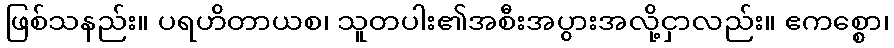
ဖြစ်သနည်း။ ပရဟိတာယစ၊ သူတပါး၏အစီးအပွားအလို့ငှာလည်း။ ဧကစ္စော၊